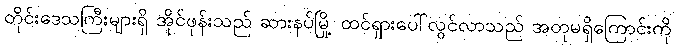
တိုင်းဒေသကြီးများရှိ အိုင်ဖုန်းသည် ဆားနပ်မြို့ ထင်ရှားပေါ်လွင်လာသည် အတုမရှိကြောင်းကို